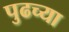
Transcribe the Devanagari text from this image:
पुढच्‍या